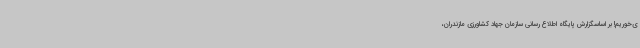
ی‌خوریم! بر اساسگزارش پایگاه اطلاع رسانی سازمان جهاد کشاورزی مازندران،